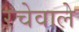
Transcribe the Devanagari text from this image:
रचेवाले